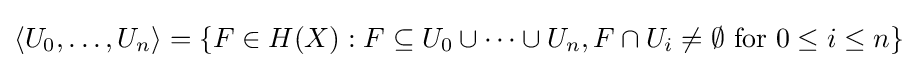
\langle U_{0},\dots ,U_{n}\rangle =\{F\in H(X):F\subseteq U_{0}\cup \dots \cup U_{n},F\cap U_{i}\neq \emptyset {\text{ for }}0\leq i\leq n\}